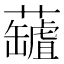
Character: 𧃘